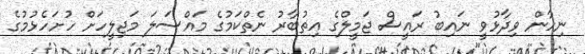
ނިހާން ވިދާޅުވީ ނައިބު ރައީސް ޖަމީލްގެ އިތުބާރު ނެތްކަމުގެ މައްސަލަ މަޖިލީހަށް ހުށަހެޅުުމުގެ